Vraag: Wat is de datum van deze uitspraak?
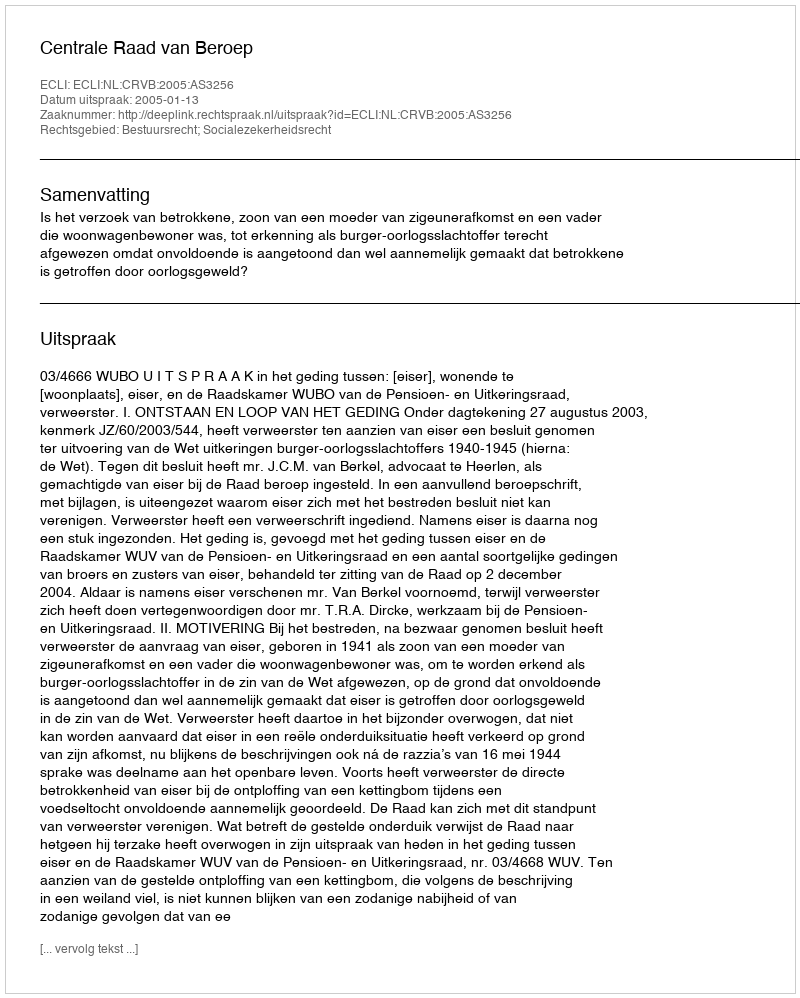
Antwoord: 2005-01-13